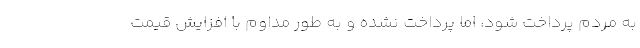
به مردم پرداخت شود، اما پرداخت نشده و به طور مداوم با افزایش قیمت